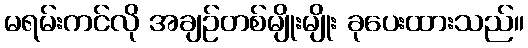
မရမ်းကင်လို အချဉ်တစ်မျိုးမျိုး ခုပေးထားသည်။